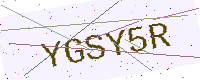
Text: YGSY5R